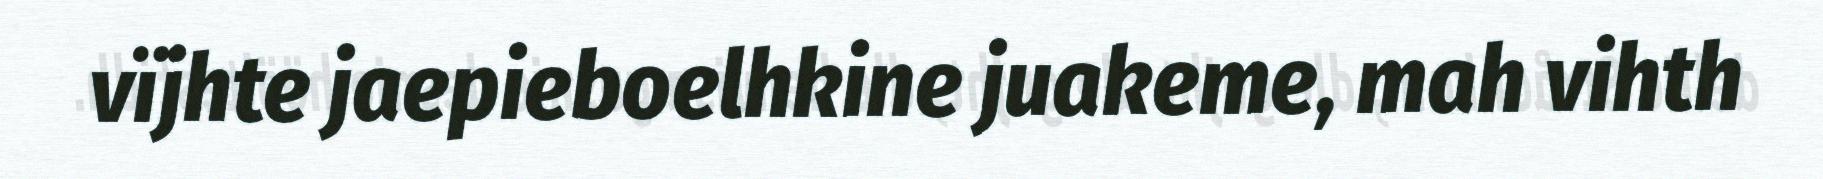
vïjhte jaepieboelhkine juakeme, mah vihth